Veterinary regulations India, 1925 -
Year: 1925
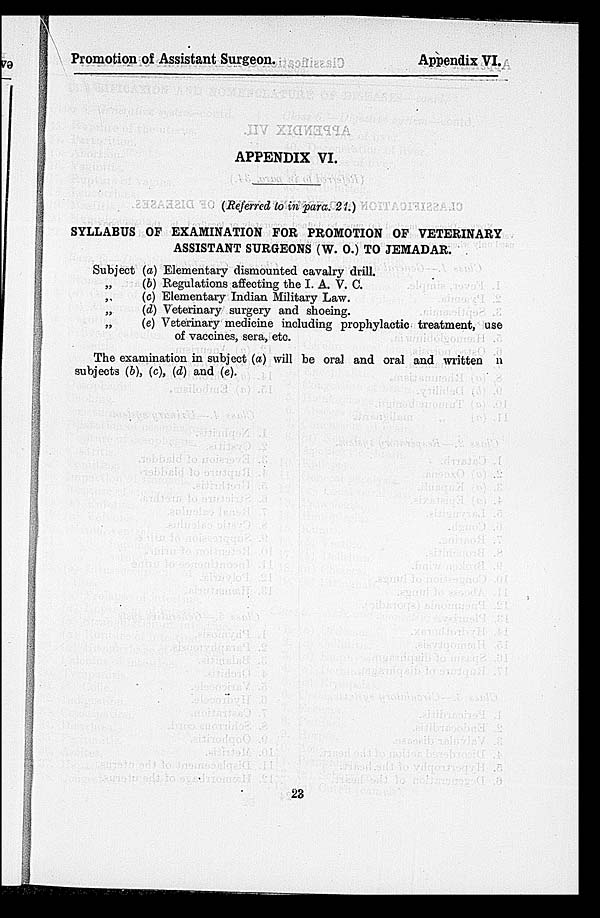
Promotion of Assistant Surgeon.
Appendix VI.
APPENDIX VI.
(Referred to in para. 21.)
SYLLABUS OF EXAMINATION FOR PROMOTION OF VETERINARY
ASSISTANT SURGEONS (W. O.) TO JEMADAR.
Subject
„
„
„
„
(a) Elementary dismounted cavalry drill.
(b) Regulations affecting the I. A. V. C.
(c) Elementary Indian Military Law.
(d) Veterinary surgery and shoeing.
(e) Veterinary medicine including prophylactic treatment, use
of vaccines, sera, etc.
The examination in subject (a) will be oral and oral and written n
subjects (b), (c), (d) and (e).
23